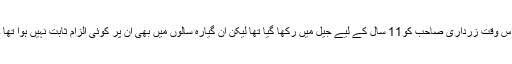
اس وقت زرداری صاحب کو11 سال کے لیے جیل میں رکھا گیا تھا لیکن ان گیارہ سالوں میں بھی ان پر کوئی الزام ثابت نہیں ہوا تھا ۔